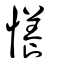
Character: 懩